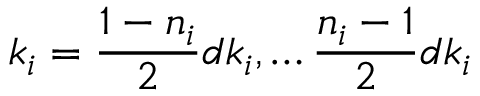
k _ { i } = \frac { 1 - n _ { i } } { 2 } d k _ { i } , \ldots \frac { n _ { i } - 1 } { 2 } d k _ { i }